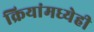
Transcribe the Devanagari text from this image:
क्रियांमध्येही